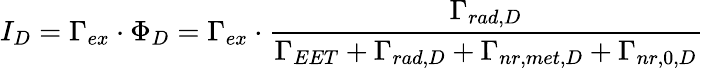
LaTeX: I_{D}=\Gamma_{ex}\cdot\Phi_{D}=\Gamma_{ex}\cdot\frac{\Gamma_{rad,D}}{\Gamma_{EET}+\Gamma_{rad,D}+\Gamma_{nr,met,D}+\Gamma_{nr,0,D}}